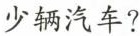
少辆汽车?